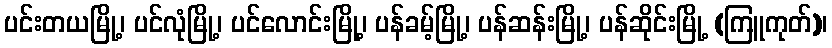
ပင်းတယမြို့၊ ပင်လုံမြို့၊ ပင်လောင်းမြို့၊ ပန်ခမ့်မြို့၊ ပန်ဆန်းမြို့၊ ပန်ဆိုင်းမြို့ (ကြူကုတ်)၊